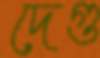
দেগু